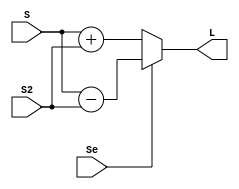
module Somador_Subtrator_1L(input [3:0]S, S2,
			  input Se,
			  output reg [3:0] L);
	
	always@*
	L = Se ? S-S2 : S+S2;
	
endmodule